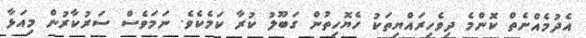
އެދުމެއްނެތް ކޮންމެ ދިވެހިރައްޔިތަކު ހެޔޮހިތުން ގަބޫލު ކުރާ ކަމެކެވެ. ނަމަވެސް ސަރުކާރުން މިއަޅާ